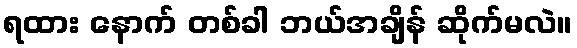
ရထား နောက် တစ်ခါ ဘယ်အချိန် ဆိုက်မလဲ။